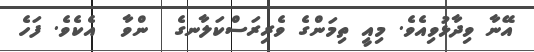
އޭނާ ވިދާޅުވިއެވެ. މިއީ ތިމަންގެ ވެރިރަސްކަލާނގެ  ންވާ  އެކެވެ. ފަހެ